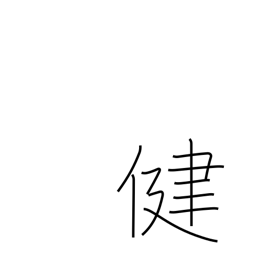
Meaning: healthy